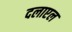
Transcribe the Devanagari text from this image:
दलाएल